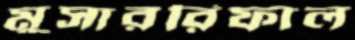
মুসাররিফাল